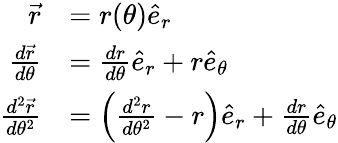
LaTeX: {\begin{array}{rl}{{\vec{r}}}&{=r(\theta){\hat{e}}_{r}}\\ {{\frac{d{\vec{r}}}{d\theta}}}&{={\frac{dr}{d\theta}}{\hat{e}}_{r}+r{\hat{e}}_{\theta}}\\ {{\frac{d^{2}{\vec{r}}}{d\theta^{2}}}}&{=\left({\frac{d^{2}r}{d\theta^{2}}}-r\right){\hat{e}}_{r}+{\frac{dr}{d\theta}}{\hat{e}}_{\theta}}\end{array}}